King Institute of Preventive Medicine Micro-Biological Section reports 1912-19
Year: 1912
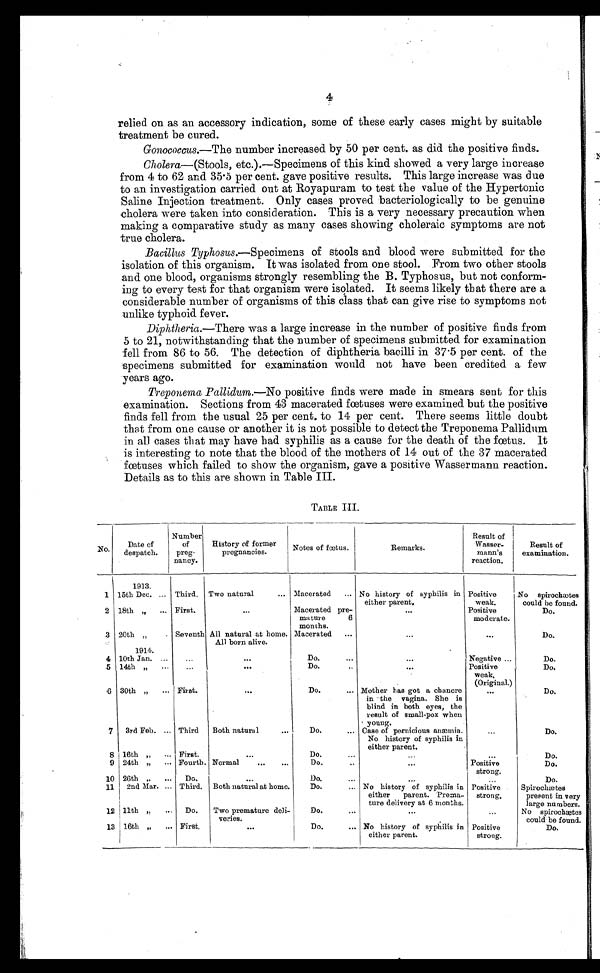
4
relied on as an accessory indication, some of these early cases might by suitable
treatment be cured.
Gonococcus.—The number increased by 50 per cent. as did the positive finds.
Cholera —(Stools, etc.).—Specimens of this kind showed a very large increase
from 4 to 62 and 35.5 per cent. gave positive results. This large increase was due
to an investigation carried out at Royapuram to test the value of the Hypertonic
Saline Injection treatment. Only cases proved bacteriologically to be genuine
cholera were taken into consideration. This is a very necessary precaution when
making a comparative study as many cases showing choleraic symptoms are not
true cholera.
Bacillus Typhosus.—Specimens of stools and blood were submitted for the
isolation of this organism. It was isolated from one stool. From two other stools
and one blood, organisms strongly resembling the B. Typhosus, but not conform
- i n g t o e v e r y t e s t f o r t h a t o r g a n i s m w e r e i s o l a t e d . I t s e e m s l i k e l y t h a t t h e r e a r e a
considerable number of organisms of this class that can give rise to symptoms not
unlike typhoid fever.
Diphtheria .—There was a large increase in the number of positive finds from
5 to 21, notwithstanding that the number of specimens submitted for examination
fell from 86 to 56. The detection of diphtheria bacilli in 37.5 per cent. of the
specimens submitted for examination would not have been credited a few
years ago.
Treponema Pallidum .—No positive finds were made in smears sent for this
examination. Sections from 43 macerated fœtuses were examined but the positive
finds fell from the usual 25 per cent. to 14 per cent. There seems little doubt
that from one cause or another it is not possible to detect the Treponema Pallidum
in all cases that may have had syphilis as a cause for the death of the fœtus. It
is interesting to note that the blood of the mothers of 14 out of the 37 macerated
fœtuses which failed to show the organism, gave a positive Wassermann reaction.
Details as to this are shown in Table III.
TABLE III.
No.
Date of
despatch.
Number
of
preg
-nancy.
History of former
pregnancies.
Notes of fœtus.
Remarks.
Result of
Wasser
-mann's
reaction.
Result of
examination.
1913.
1 15th Dec. . . . Third.
Two natural . . .
Macerated . . . No history of syphilis in
e i t h e r p a r e n t .
Positive
weak.
No spirochætes
could be found.
2 18th " . . .
First.
. . .
Macerated pre
-mature 6
months.
. . .
Positive
moderate.
Do.
3 20th " . . .
Seventh All natural at home.
All born alive.
Macerated . . .
. . .
. . .
Do.
1914.
4 10th Jan. . . .
. . .
. . .
Do. . . .
. . .
Negative . . .
D o .
5 14th " . . .
. . .
. . .
Do. . . .
. . .
Positive
weak .
(Original.)
Do.
6 30th " . . .
First.
. . .
Do. . . . Mother has got a chancre
in the vagina. She is
blind in both eyes, the
result of small-pox when
young.
. . .
Do.
7
3rd Feb. . . . Third
Both natural . . .
Do. . . .
Case of pernicious anæmia.
No history of syphilis in
either parent.
. . .
Do.
8 16th " . . .
First.
. . .
Do. . . .
. . .
. . .
D o .
9 24th " . . .
Fourth. Normal . . .
Do. . . .
. . .
Positive
strong.
Do.
10 26th " . . .
Do.
. . .
Do. . . .
. . .
. . .
Do.
11
2nd Mar. . . . Third. Both natural at home.
Do. . . . No history of syphilis in
either parent. Prema
-ture delivery at 6 months.
Positive
strong.
Spirochætes
present in very
large numbers.
12 11th " . . .
Do.
Two premature deli
-veries.
Do. . . .
. . .
. . .
No spirochætes
could be found.
13 16th " . . .
First.
. . .
Do. . . . No history of syphilis in
either parent.
Positive
strong.
Do.